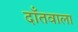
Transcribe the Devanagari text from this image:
दाँतवाला